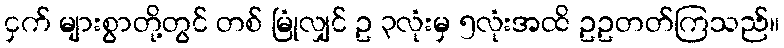
ငှက် များစွာတို့တွင် တစ် မြုံလျှင် ဥ ၃လုံးမှ ၅လုံးအထိ ဥဥတတ်ကြသည်။